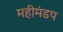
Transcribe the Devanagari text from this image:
महीमंडप